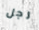
رجل